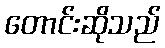
တောင်းဆိုသည်